Madras plague regulations and rules - Volume 2
Disease focus: Plague
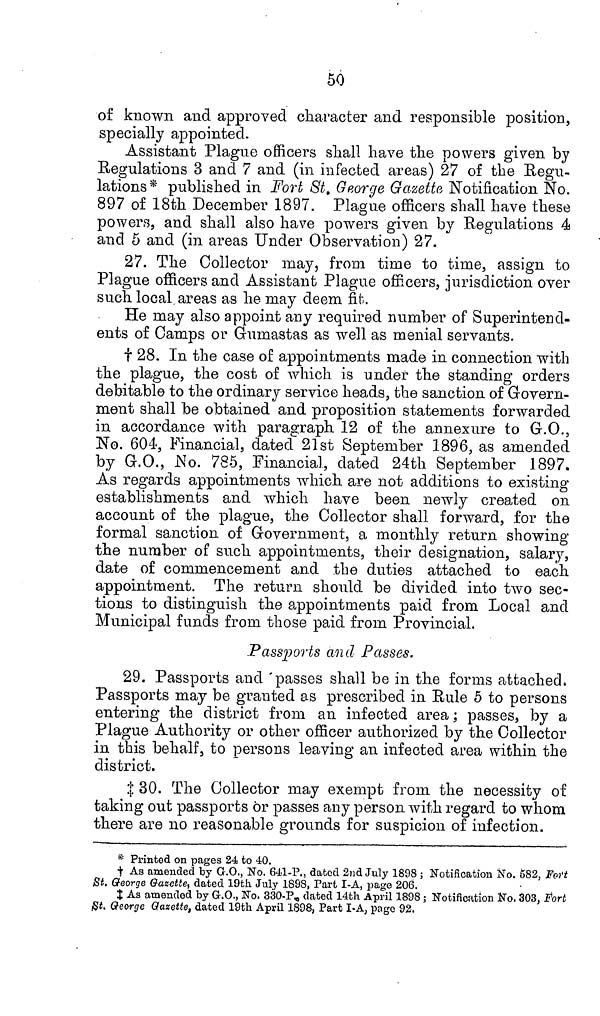
50
of known and approved character and responsible position,
specially appointed.
Assistant Plague officers shall have the powers given by
Regulations 3 and 7 and (in infected areas) 27 of the Regu-
lations* published in Fort St George Gazette Notification No.
897 of 18th December 1897. Plague officers shall have these
powers, and shall also have powers given by Regulations 4
and 5 and (in areas Under Observation) 27.
27. The Collector may, from time to time, assign to
Plague officers and Assistant Plague officers, jurisdiction over
such local areas as he may deem fit.
He may also appoint any required number of Superintend-
ents of Camps or Gumastas as well as menial servants.
† 28. In the case of appointments made in connection with
the plague, the cost of which is under the standing orders
debitable to the ordinary service heads, the sanction of Govern-
ment shall be obtained and proposition statements forwarded
in accordance with paragraph 12 of the annexure to G.O.,
No. 604, Financial, dated 21st September 1896, as amended
by G.O., No. 785, Financial, dated 24th September 1897.
As regards appointments which are not additions to existing
establishments and which have been newly created on
account of the plague, the Collector shall forward, for the
formal sanction of Government, a monthly return showing
the number of such appointments, their designation, salary,
date of commencement and the duties attached to each
appointment. The return should be divided into two sec-
tions to distinguish the appointments paid from Local and
Municipal funds from those paid from Provincial.
Passports and Passes.
29. Passports and passes shall be in the forms attached.
Passports may be granted as prescribed in Rule 5 to persons
entering the district from an infected area; passes, by a
Plague Authority or other officer authorized by the Collector
in this behalf, to persons leaving an infected area within the
district.
‡ 30. The Collector may exempt from the necessity of
taking out passports or passes any person with regard to whom
there are no reasonable grounds for suspicion of infection.
* Printed on pages 24 to 40.
† As amended by G.O., No. 641-P., dated 2nd July 1898 ; Notification No. 582, Fort
St. George Gazette, dated 19th July 1898, Part I-A, page 206.
‡ As amended by G.O., No. 330-P, dated 14th April 1898 ; Notification No. 303, Fort
St. George Gazette, dated 19th April 1898, Part I-A, page 92.